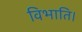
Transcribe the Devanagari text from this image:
विभाति।